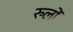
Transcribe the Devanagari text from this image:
रुलों